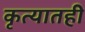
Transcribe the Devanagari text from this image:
कृत्यातही